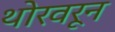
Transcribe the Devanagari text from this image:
थोरवरून